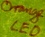
Text: LED